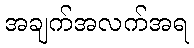
အချက်အလက်အရ